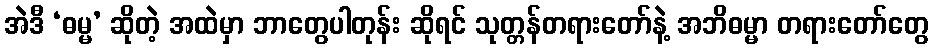
အဲဒီ ‘ဓမ္မ’ ဆိုတဲ့ အထဲမှာ ဘာတွေပါတုန်း ဆိုရင် သုတ္တန်တရားတော်နဲ့ အဘိဓမ္မာ တရားတော်တွေ